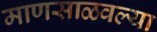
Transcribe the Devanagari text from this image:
माणसाळवल्या